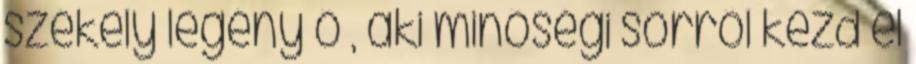
székely legény ő , aki minőségi sörről kezd el